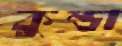
কুন্ডা